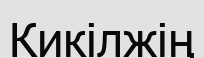
Кикілжің